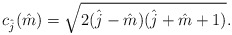
\begin{align*}c_{\hat{j}}(\hat{m})=\sqrt{2(\hat{j}-\hat{m})(\hat{j}+\hat{m}+1)}.\end{align*}